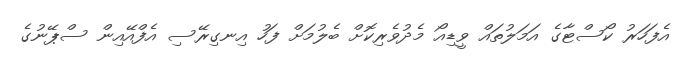
އެފަހަރު ކޯސްޓާގެ އަމަލުތައް ވީޑިއޯ މެދުވެރިކޮށް ބެލުމަށް ފަހު އިނގިރޭސި އެފްއޭއިން ސްޕޭނުގެ